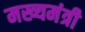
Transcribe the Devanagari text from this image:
मख्यमंत्री